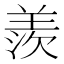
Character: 羨